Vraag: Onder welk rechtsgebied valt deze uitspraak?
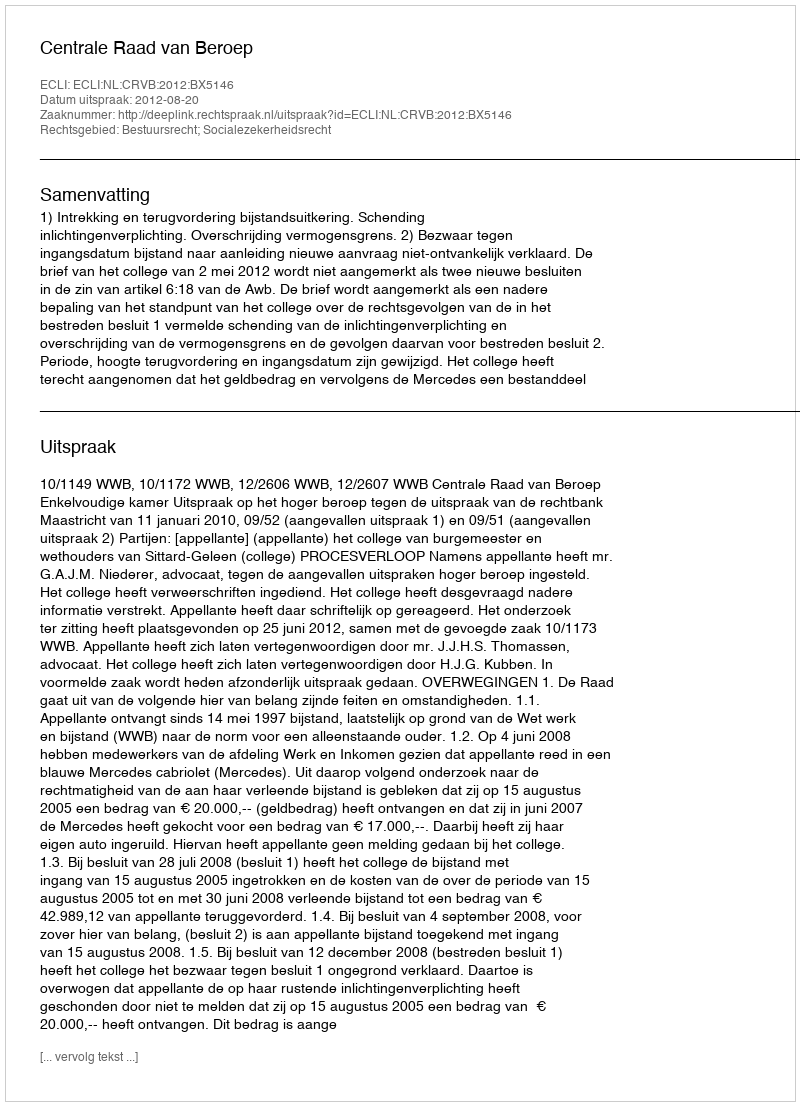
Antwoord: Bestuursrecht; Socialezekerheidsrecht